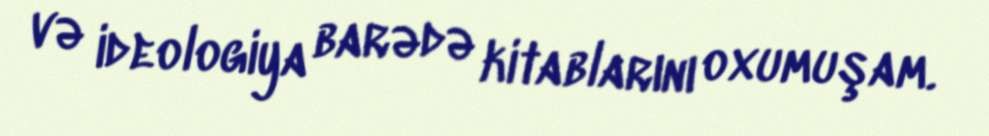
və ideologiya barədə kitablarını oxumuşam.